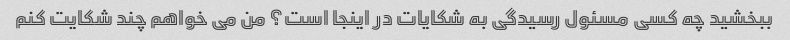
ببخشید چه کسی مسئول رسیدگی به شکایات در اینجا است؟ من می خواهم چند شکایت کنم